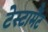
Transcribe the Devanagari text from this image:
टेस्टामैंट